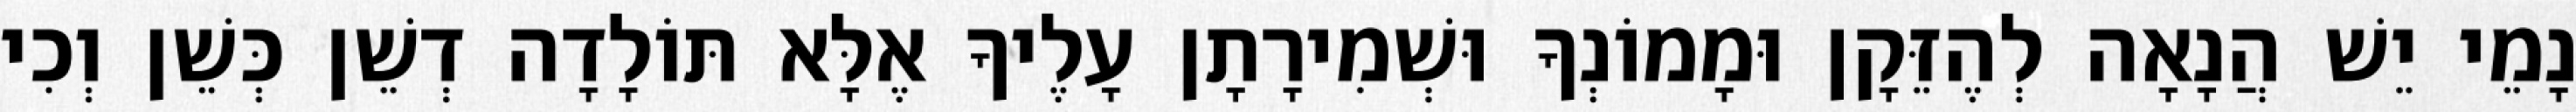
נָמֵי יֵשׁ הֲנָאָה לְהֶזֵּקָן וּמָמוֹנְךָ וּשְׁמִירָתָן עָלֶיךָ אֶלָּא תּוֹלָדָה דְשֵׁן כְּשֵׁן וְכִי